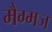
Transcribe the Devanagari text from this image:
मैग्मज